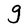
Character: g